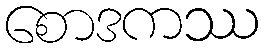
စောဒကဿ